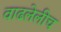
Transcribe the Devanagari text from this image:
वाढलेलीच